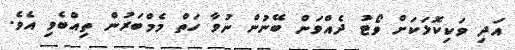
އަދި ވަކިކޮޅަކަށް ވޯޓު ދެއްވަން ބޭނުން ނުވާ ހަތް މެމްބަރުން ތިއްބެވި އެވެ.